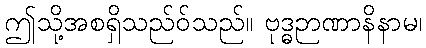
ဤသို့အစရှိသည်ဝ်သည်။ ဗုဒ္ဓဉာဏာနိနာမ၊